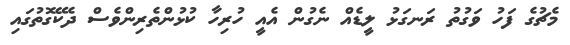
މެޗުގެ ފަހު ވަގުތު ރަނގަޅު ލީޑެއް ނެގުން އެއީ ހުރިހާ ކުޅުންތެރިންވެސް ދެކޭގޮތުގައި